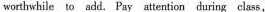
worthwhile to add. Pay attention during class,